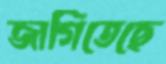
জাগিতেছে